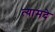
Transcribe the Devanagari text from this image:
त्यामदे